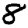
Digit: 8